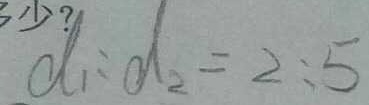
d _ { 1 } : d _ { 2 } = 2 : 5